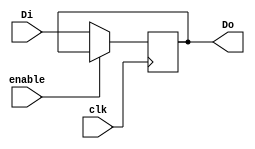
`timescale 1ns / 1ps
//////////////////////////////////////////////////////////////////////////////////
// Company: 
// Engineer: 
// 
// Design Name: 
// Module Name:    flagsRegister 
// Project Name: 
// Target Devices: 
// Tool versions: 
// Description: 
//
// Dependencies: 
//
// Revision: 
// Revision 0.01 - File Created
// Additional Comments: 
//
//////////////////////////////////////////////////////////////////////////////////
module FlagsRegister(  
	 input [31:0] Di, //entrada
	 input clk,       //reloj
	 input enable,    //enable
	 output reg [31:0] Do  //registro
	);
	
	always @(posedge clk) 
		begin
			if(~enable)
				Do=Di; //se le asigna el dato de entrada al registro de 23 bits
		end

endmodule